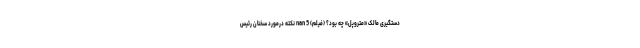
دستگیری مالک «متروپل» چه بود؟ (فیلم) nan 5 نکته درمورد سخنان رئیس